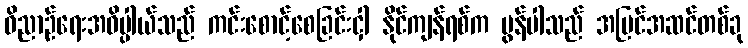
ဝိညာဉ်ရေးအဓိပ္ပါယ်သည် ကင်းစောင့်စေခြင်းငှါ နိုင်ကျန်ရစ်က မွန်ပါသည် အပြင်အဆင်တစ်ခု